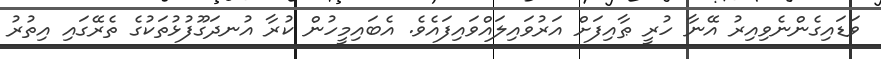
ވަޑައިގެންނެވިއިރު އޭނާ ހުރީ ޠާއިފަށް އަރުވައިލައްވައިފައެވެ. އެބައިމީހުން ކުރާ އުނދަގޫފުޅުތަކުގެ ތެރޭގައި އިތުރު